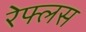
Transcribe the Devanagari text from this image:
रेफ्लस